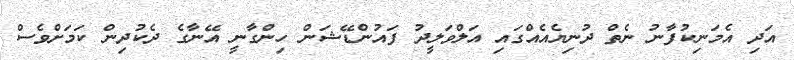
އަދި އެމަނިކުފާނު ނެތް ދުނިޔެއެއްގައި އަލްވަލީދު ފައުންޑޭޝަން ހިންގާނީ އޭނާގެ ދެކުދިން ކަމަށްވެސް